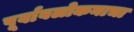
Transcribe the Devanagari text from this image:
पूर्वावलोकनाचा